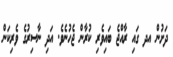
ދަށުން އދ ގައި ރާއްޖެ ބައިވެރި ކުރާން ޖެހުނެވެ. އަދި ނާސިރުގެ ވެރިކަން